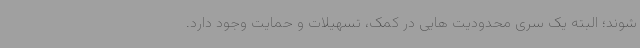
شوند؛ البته یک سری محدودیت هایی در کمک، تسهیلات و حمایت وجود دارد.